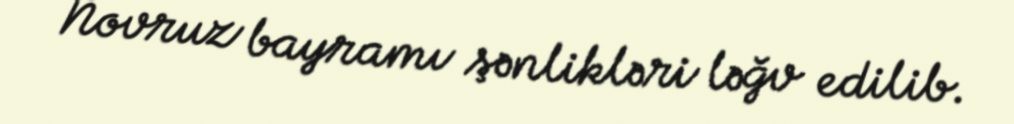
Novruz bayramı şənlikləri ləğv edilib.